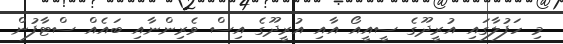
މި ހަފުލާގައި އުރީދޫގެ ސީއީއޯ އާއި އުރީދޫގެ އިސް ވެރިންނާއި ބައެއް ސްޓާފުން